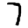
Digit: 7